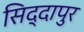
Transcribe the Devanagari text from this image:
सिद्दापुर